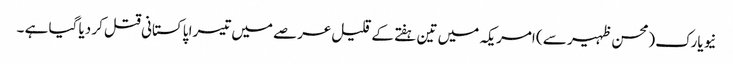
نیویارک (محسن ظہیر سے ) امریکہ میں تین ہفتے کے قلیل عرصے میں تیسرا پاکستانی قتل کر دیا گیا ہے ۔